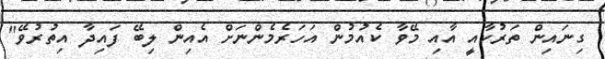
ގިނައިން ތަރުކާއީ އާއި މޭވާ ކެއުމުން އަހަރެމެންނަށް އެއިން ލިބޭ ފައިދާ އިތުރުވޭ"